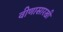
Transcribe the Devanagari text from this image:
वीणासारखी